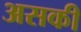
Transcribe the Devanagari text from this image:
असकी